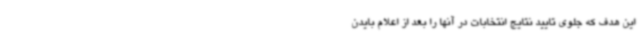
این هدف که جلوی تایید نتایج انتخابات در آنها را بعد از اعلام بایدن